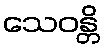
သေဝန္တိ